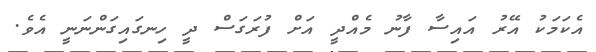
އެކަމަކު އޭރު އައިސާ ފާނު މެއްދީ އަށް ފުރަގަސް ދީ ހިނގައިގަންނަނީ އެވެ.